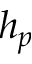
h _ { p }